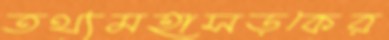
তথ্যমহাসড়কের